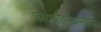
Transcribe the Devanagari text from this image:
छळछावण्यामधील